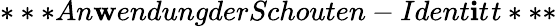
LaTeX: ***An\mathbf{w}endungderSchouten-Ident\mathbf{i}t^{}t***